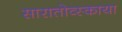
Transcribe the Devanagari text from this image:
सारातोव्स्काया